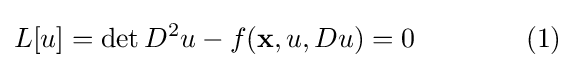
L[u]=\det D^{2}u-f(\mathbf {x} ,u,Du)=0\qquad \qquad (1)